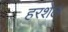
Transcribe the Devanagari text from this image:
हरशेल